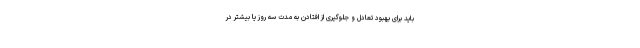
باید برای بهبود تعادل و جلوگیری از افتادن به مدت سه روز یا بیشتر در